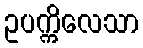
ဥပက္ကိလေသာ